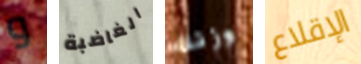
و الغاضبة وزنك الإقلاع